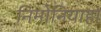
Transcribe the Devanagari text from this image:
निमोनियाहो